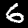
Digit: 6